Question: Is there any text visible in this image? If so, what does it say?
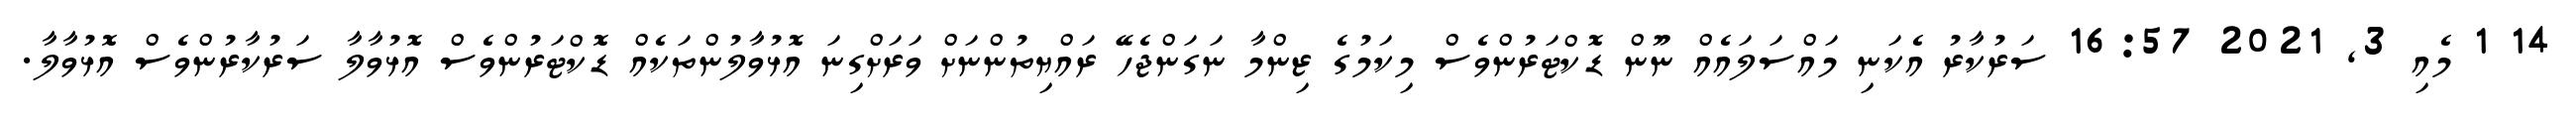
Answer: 14 1 މެއި 3, 2021 16:57 ސަރުކާރު އެކަނި މައްސަލައެއް ނޫން ޑޮކްޓަރުންވެސް މިކަމުގެ ޒިންމާ ނަގަންޖެހޭ ރައްޔިތުންނަށް ވަރަށްގިނަ އޮޅުވާލުންތަކެއް ޑޮކްޓަރުންވެސް އޮޅުވާލާ ސަރުކާރުންވެސް އޮޅުވާލާ.